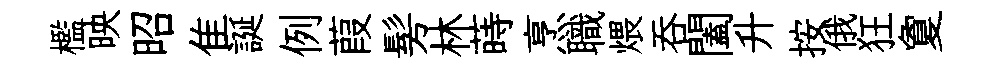
檻映昭隹誕例葭髣林蒔烹職煨吞闔升按俄狂夐